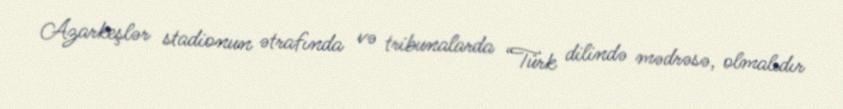
Azarkeşlər stadionun ətrafında və tribunalarda “Türk dilində mədrəsə, olmalıdır